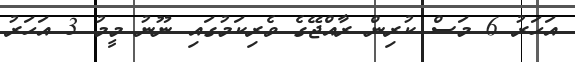
އަހަރު 6 މަސް ކުރިން ރާއްޖޭގެ ވެރިކަމުގައި ނޫނު މީމު 3 އަހަރު